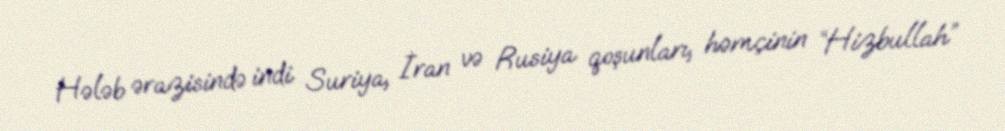
Hələb ərazisində indi Suriya, İran və Rusiya qoşunları, həmçinin “Hizbullah”